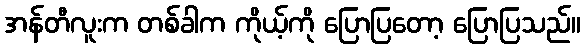
အန်တီလူးက တစ်ခါက ကိုယ့်ကို ပြောပြတော့ ပြောပြသည်။